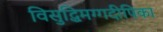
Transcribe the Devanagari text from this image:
विसुद्धिमग्गदीपिका